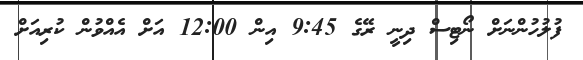
ފުލުހުންނަށް ނޯޓިސް ދިނީ ރޭގެ 9:45 އިން 12:00 އަށް އެއްވުން ކުރިއަށް